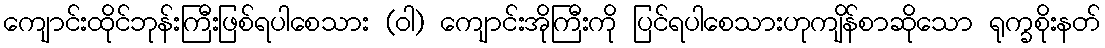
ကျောင်းထိုင်ဘုန်းကြီးဖြစ်ရပါစေသား (ဝါ) ကျောင်းအိုကြီးကို ပြင်ရပါစေသားဟုကျိန်စာဆိုသော ရုက္ခစိုးနတ်